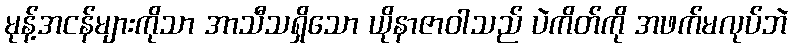
မုန့်အငန်များကိုသာ အာသီသရှိသော ယိုနာဇာဝါသည် ပဲကိတ်ကို အဖက်မလုပ်ဘဲ